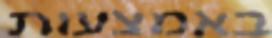
באמצעות